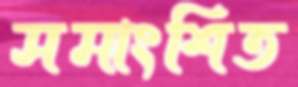
সমাংশিত